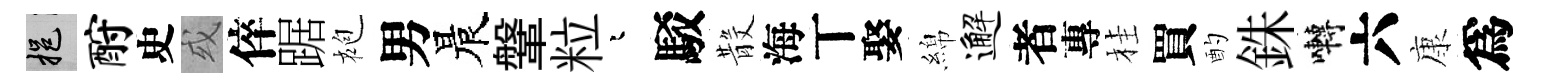
挹酹史或倅踞袍男晨鞶粒迢駁𣪚海丅娶綿邂者專桂買酌銖囀六康爲